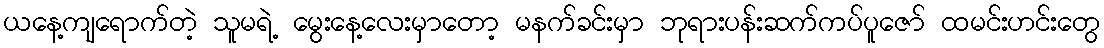
ယနေ့ကျရောက်တဲ့ သူမရဲ့ မွေးနေ့လေးမှာတော့ မနက်ခင်းမှာ ဘုရားပန်းဆက်ကပ်ပူဇော် ထမင်းဟင်းတွေ